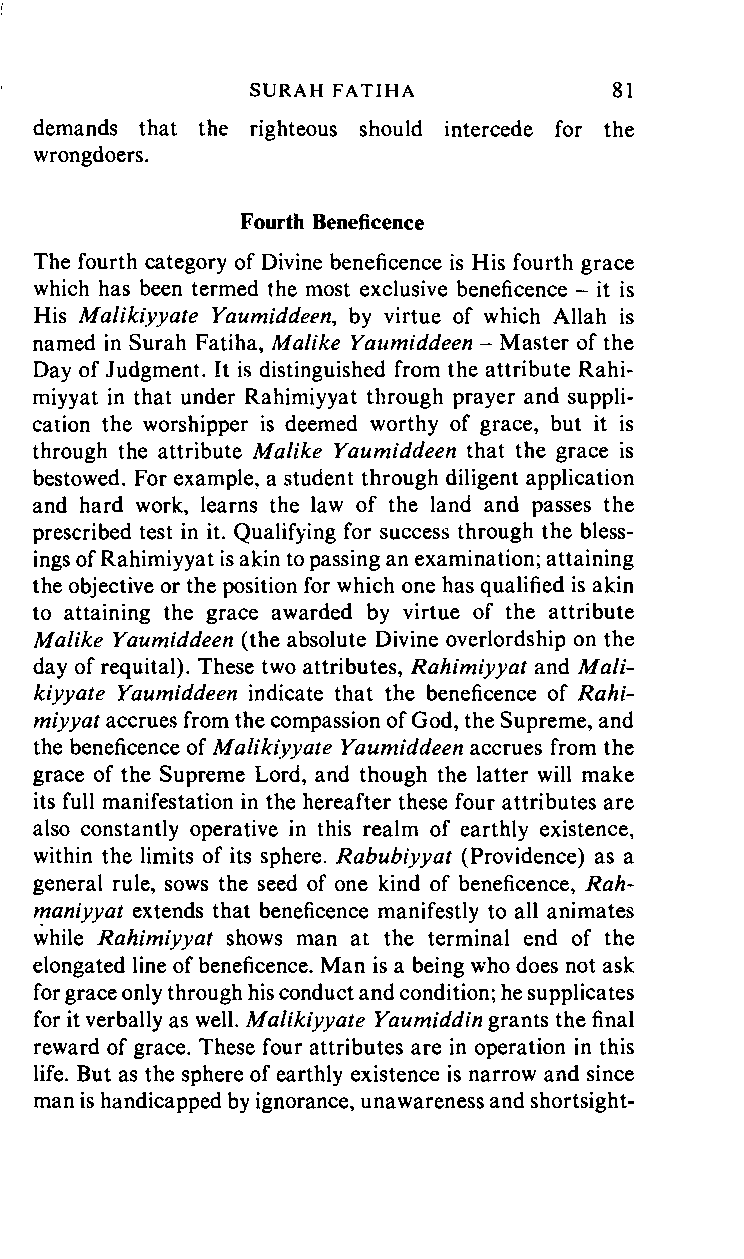
SURAH       FATIHA      81
 demands that the righteous should intercede for the
 wrongdoers.
 Fourth Beneficence
 The fourth category of Divine beneficence is His fourth grace
 which has been termed the most exclusive beneficence - it is
 His Malikiyyate Yaumiddeen, by virtue of which Allah is
 named in Surah Fatiha, Malike Yaumiddeen - Master of the
 Day of Judgment. It is distinguished from the attribute Rahi
 miyyat in that under Rahimiyyat through prayer and suppli
 cation the worshipper is deemed worthy of grace, but it is
 through the attribute Malike Yaumiddeen that the grace is
 bestowed. For example, a student through diligent application
 and hard work, learns the law of the land and passes the
 prescribed test in it. Qualifying for success through the bless
 ings of Rahimiyyat is akin to passing an examination; attaining
 the objective or the position for which one has qualified is akin
 to attaining the grace awarded by virtue of the attribute
 Malike Yaumiddeen (the absolute Divine overlordship on the
 day of requital). These two attributes, Rahimiyyat and Mali
 kiyyate Yaumiddeen indicate that the beneficence of Rahi
 miyyat accrues from the compassion of God, the Supreme, and
 the beneficence of Malikiyyate Yaumiddeen accrues from the
 grace of the Supreme Lord, and though the latter will make
 its full manifestation in the hereafter these four attributes are
 also constantly operative in this realm of earthly existence,
 within the limits of its sphere. Rabubiyyat (Providence) as a
 general rule, sows the seed of one kind of beneficence, Rah
 maniyyat extends that beneficence manifestly to all animates
 while Rahimiyyat shows man at the terminal end of the
 elongated line of beneficence. Man is a being who does not ask
 for grace only through his conduct and condition; he supplicates
 for it verbally as well. Malikiyyate Yaumiddin grants the final
 reward of grace. These four attributes are in operation in this
 life. But as the sphere of earthly existence is narrow and since
 man is handicapped by ignorance, unawareness and shortsight-